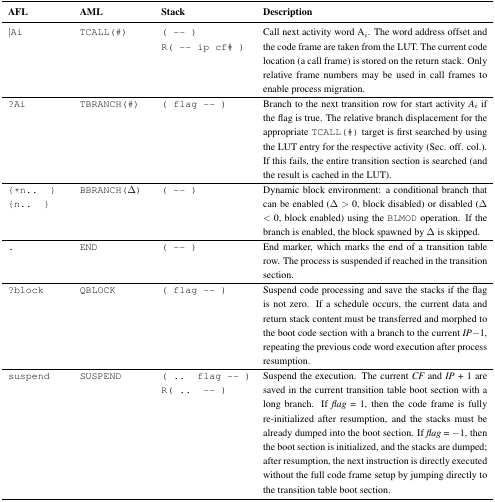
<table><thead><tr><td><b>AFL</b></td><td><b>AML</b></td><td><b>Stack</b></td><td><b>Description</b></td></tr></thead><tbody><tr><td>|Ai</td><td>TCALL(#)</td><td>(--) R(-- ip cf#)</td><td>Call next activity word A<sub>i</sub>. The word address offset and the code frame are taken from the LUT. The current code location (a call frame) is stored on the return stack. Only relative frame numbers may be used in call frames to enable process migration.</td></tr><tr><td>?Ai</td><td>TBRANCH(#)</td><td>(flag --)</td><td>Branch to the next transition row for start activity <i>A<sub>i</sub></i> if the flag is true. The relative branch displacement for the appropriate TCALL(#) target is first searched by using the LUT entry for the respective activity (Sec. off. col.). If this fails, the entire transition section is searched (and the result is cached in the LUT).</td></tr><tr><td>{*n.. } {n.. }</td><td>BBRANCH(Δ)</td><td>( -- )</td><td>Dynamic block environment: a conditional branch that can be enabled (Δ &gt; 0, block disabled) or disabled (Δ &lt; 0, block enabled) using the BLMOD operation. If the branch is enabled, the block spawned by Δ is skipped.</td></tr><tr><td>.</td><td>END</td><td>(--)</td><td>End marker, which marks the end of a transition table row. The process is suspended if reached in the transition section.</td></tr><tr><td>?block</td><td>QBLOCK</td><td>(flag --)</td><td>Suspend code processing and save the stacks if the flag is not zero. If a schedule occurs, the current data and return stack content must be transferred and morphed to the boot code section with a branch to the current <i>IP</i> − 1, repeating the previous code word execution after process resumption.</td></tr><tr><td>suspend</td><td>SUSPEND</td><td>(.. flag --) R(.. --)</td><td>Suspend the execution. The current <i>CF</i> and <i>IP</i> + 1 are saved in the current transition table boot section with a long branch. If <i>flag</i> = 1, then the code frame is fully re-initialized after resumption, and the stacks must be already dumped into the boot section. If <i>flag</i> = −1, then the boot section is initialized, and the stacks are dumped; after resumption, the next instruction is directly executed without the full code frame setup by jumping directly to the transition table boot section.</td></tr></tbody></table>